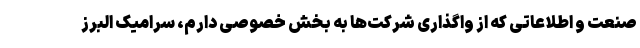
صنعت و اطلاعاتی که از واگذاری شرکت‌ها به بخش خصوصی دارم، سرامیک البرز